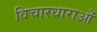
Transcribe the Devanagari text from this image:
विचारधाराओंं